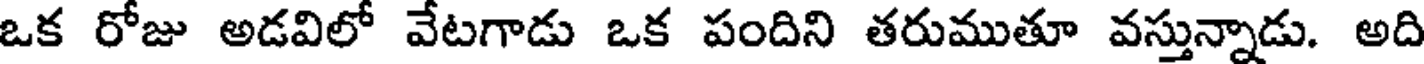
ఒక రోజు అడవిలో వేటగాడు ఒక పందిని తరుముతూ వస్తున్నాడు. అది